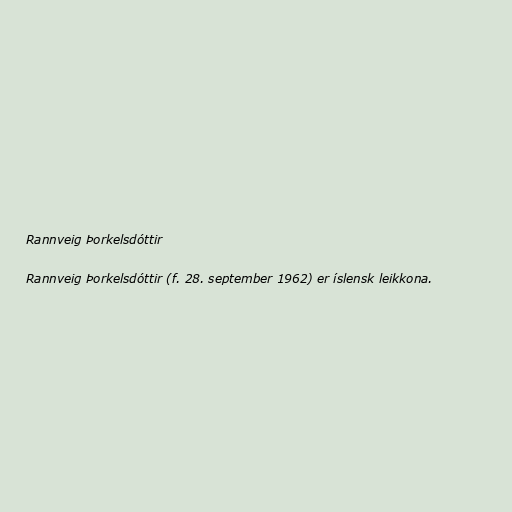
Rannveig Þorkelsdóttir

Rannveig Þorkelsdóttir (f. 28. september 1962) er íslensk leikkona.